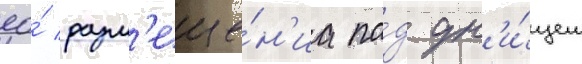
ео́ разм'еще́н'иа по́д дн'и́щем